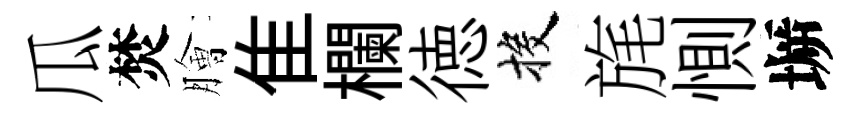
瓜焚膾隹欄徳投旄惻󶱲